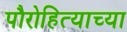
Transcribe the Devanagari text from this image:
पौरोहित्याच्या